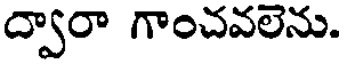
ద్వారా గాంచవలెను.